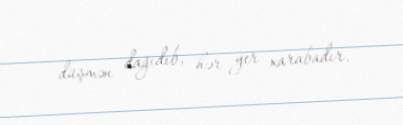
düşmən dağıdıb, hər yer xarabadır.